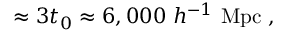
\approx 3 t _ { 0 } \approx 6 , 0 0 0 ~ h ^ { - 1 } ~ \mathrm { M p c } ~ ,